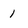
Character: 1